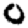
Digit: 0